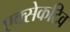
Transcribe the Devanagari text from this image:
एक्सेकटिव